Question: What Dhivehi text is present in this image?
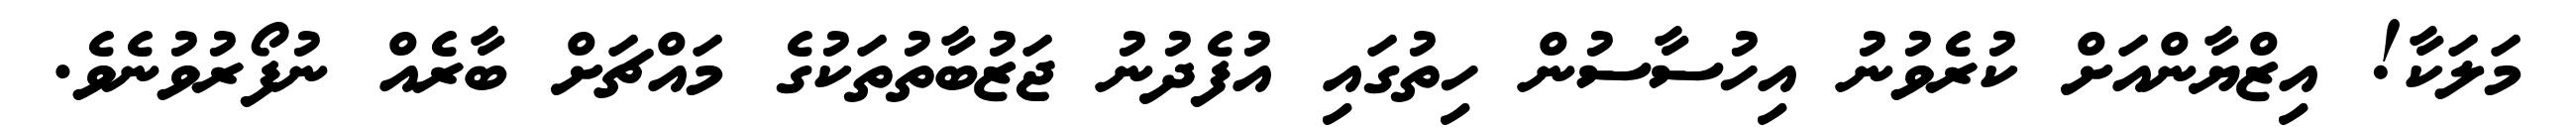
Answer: މަލަކާ! އިޒްޔާންއަށް ކުރެވުނު އިހުސާސުން ހިތުގައި އުފެދުނު ޖަޒުބާތުތަކުގެ މައްޗަށް ބާރެއް ނުފޯރުވުނެވެ.